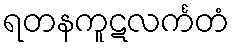
ရတနကူဋလင်္ကတံ